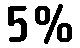
5%